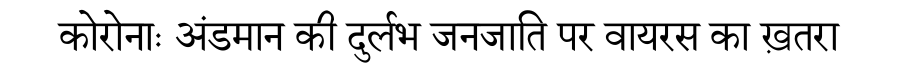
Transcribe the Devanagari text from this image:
कोरोनाः अंडमान की दुर्लभ जनजाति पर वायरस का ख़तरा